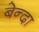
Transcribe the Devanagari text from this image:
बेन्दा